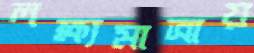
লক্ষ্যমাত্রায়